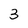
Character: 3